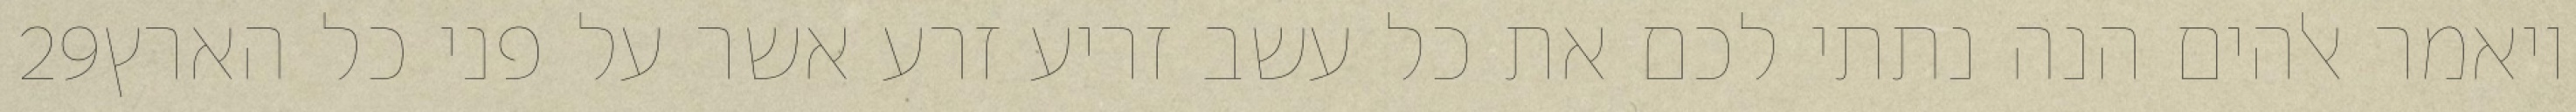
‎29‏ ויאמר אלהים הנה נתתי לכם את כל עשב זריע זרע אשר על פני כל הארץ